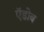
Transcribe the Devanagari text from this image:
ऍडोब